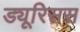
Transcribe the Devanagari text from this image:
ड्यूरिसस